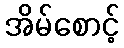
အိမ်စောင့်